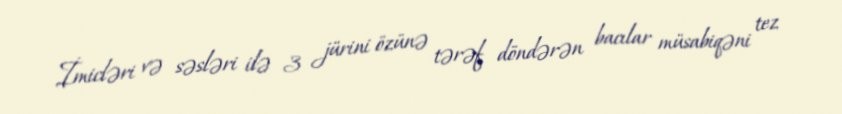
İmicləri və səsləri ilə 3 jürini özünə tərəf döndərən bacılar müsabiqəni tez